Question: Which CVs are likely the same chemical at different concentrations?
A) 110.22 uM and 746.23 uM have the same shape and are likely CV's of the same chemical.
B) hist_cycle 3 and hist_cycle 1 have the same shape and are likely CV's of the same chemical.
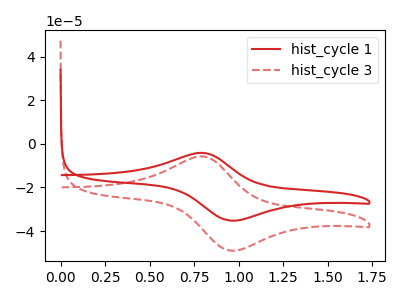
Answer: <think>The red curve "hist_cycle 1" has an anodic peak at (0.80V, -4.10uA) and a cathodic peak at (0.95V, -35.20uA). The red dashed curve "hist_cycle 3" has an anodic peak at (0.80V, -5.75uA) and a cathodic peak at (0.95V, -49.00uA).
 All the peaks in "hist_cycle 1" have a peak in "hist_cycle 3" at the same potential.</think>
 <answer>B) "hist_cycle 3" and "hist_cycle 1" have the same shape and are likely CV's of the same chemical.</answer>
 <eval>B</eval>